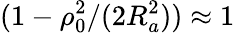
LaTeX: (1-\rho_{0}^{2}/(2R_{a}^{2}))\approx 1